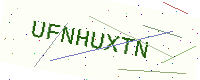
Text: UFNHUXTN